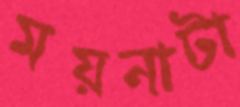
ময়নাটা